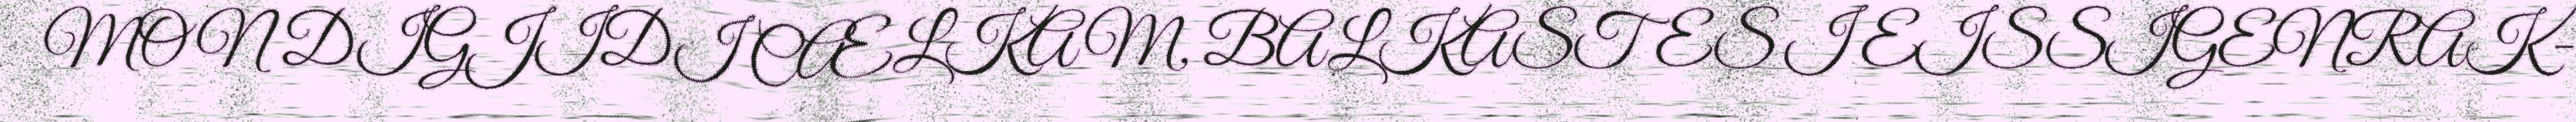
MON DIGJIDI CÆLKAM, BALKASTES I EISSIGENRAK-